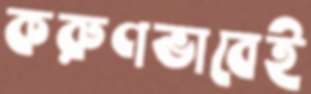
করুণভাবেই